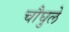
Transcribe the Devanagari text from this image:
चौघुले